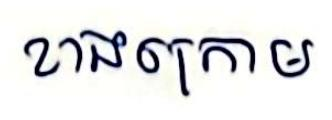
ខាងក្រោម